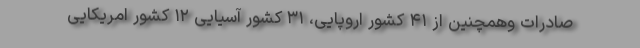
صادرات وهمچنین از ۴۱ کشور اروپایی، ۳۱ کشور آسیایی ۱۲ کشور امریکایی